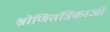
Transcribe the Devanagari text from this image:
श्रोणितंत्रिकाओं